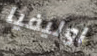
اوليفيا